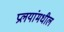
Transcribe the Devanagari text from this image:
प्रलयांमधील